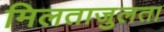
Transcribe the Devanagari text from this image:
मिलताजुलता